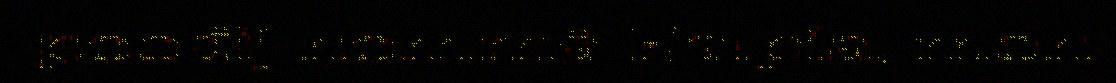
poođij nommâ Kaipia, mon